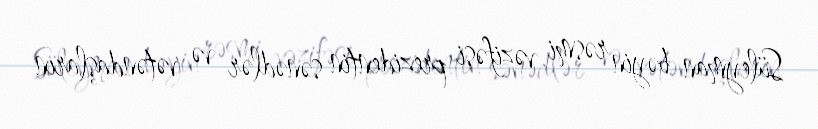
Süleyman bəyin rəsmi vəzifəsi prezidentin sənədlər və vətəndaşların